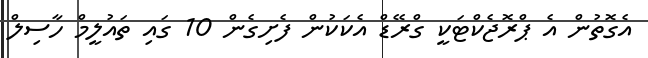
އެގޮތުން އެ ޕްރޮޖެކްޓަކީ ގްރޭޑް އެކަކުން ފެށިގެން 10 ގައި ތައުލީމް ހާސިލް